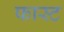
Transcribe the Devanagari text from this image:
फास्‍ट